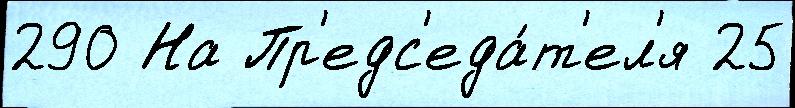
290 На Пр'едс'еда́т'ел'я 25